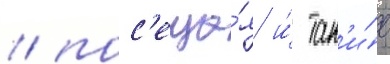
/ пос'еща́я и́ так'и́е